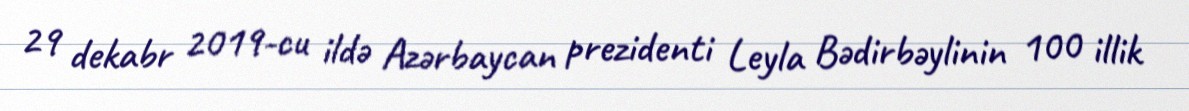
29 dekabr 2019-cu ildə Azərbaycan prezidenti Leyla Bədirbəylinin 100 illik